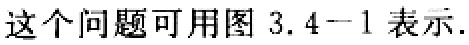
这个问题可用图 3.4-1 表示.